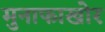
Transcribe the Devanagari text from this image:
मुनाफाखोर